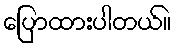
ပြောထားပါတယ်။